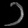
Digit: ၁